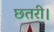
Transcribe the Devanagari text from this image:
छतरी।